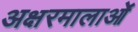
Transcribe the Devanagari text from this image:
अक्षरमालाओं